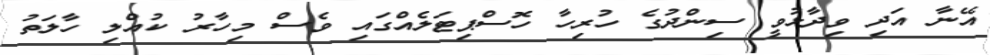
އޭނާ އަދި ވިދާޅުވީ ސިންދުގެ ހުރިހާ ހޮސްޕިޓަލެއްގައި ވެސް މިހާރު ކުއްލި ހާލަތު